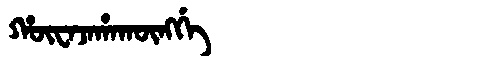
Manchu: ᡥᡡᠸᠠᠵᠠᡥᠠᡴᡡᠩᡤᡝ
Romanization: HŪWAJAHAKŪNGGE